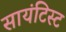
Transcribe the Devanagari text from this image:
सायंटिस्ट